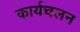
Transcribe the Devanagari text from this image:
कार्यचलन